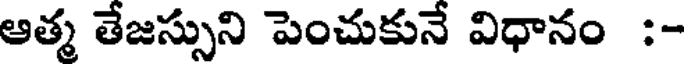
ఆత్మ తేజస్సుని పెంచుకునే విధానం :-